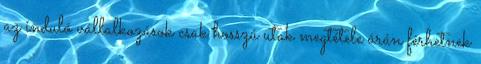
az induló vállalkozások csak hosszú utak megtétele árán férhetnek